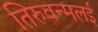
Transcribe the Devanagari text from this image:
तिरुवन्मलई